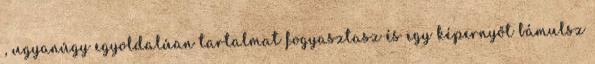
, ugyanúgy egyoldalúan tartalmat fogyasztasz és egy képernyőt bámulsz